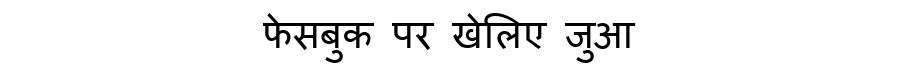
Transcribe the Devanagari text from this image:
फेसबुक पर खेलिए जुआ